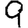
Digit: 9